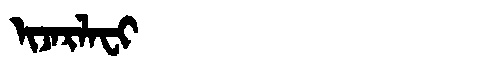
Manchu: ᡳᠵᠠᡵᠯᠠᠸᡳ
Romanization: IJARLAFI